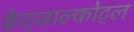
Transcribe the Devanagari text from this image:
क्वेट्ज़ाल्कोट्ल